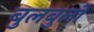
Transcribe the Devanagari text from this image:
बुलबुलो